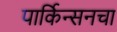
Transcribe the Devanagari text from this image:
पार्किन्सनचा